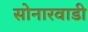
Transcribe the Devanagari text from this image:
सोनारवाडी